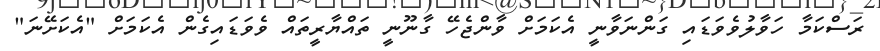
ރަސްކަމާ ހަވާލުވެވަޑައި ގަންނަވާނީ އެކަމަށް ވާންޖެހޭ ގާނޫނީ ތައްޔާރީތައް ވެވަޑައިގެން އެކަމަށް "އެކަށޭނަ"